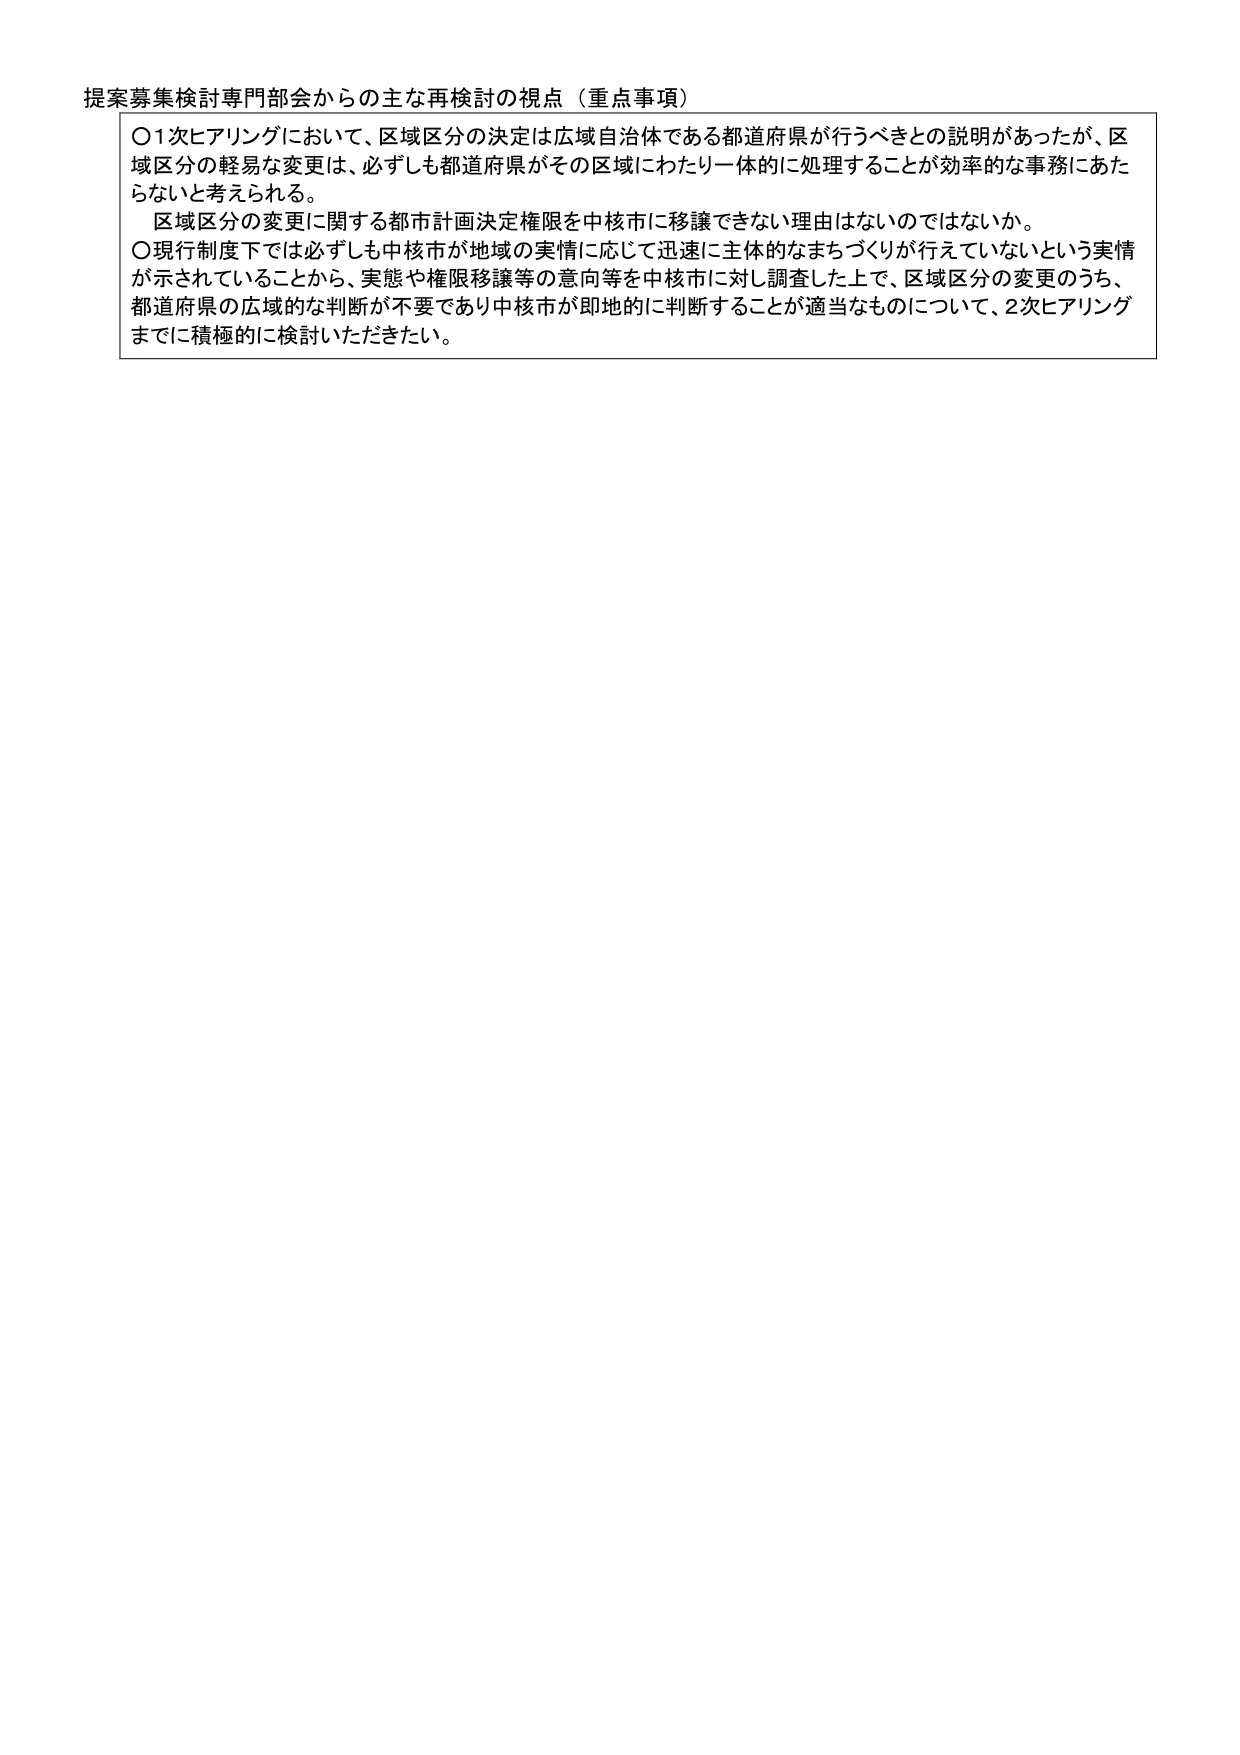
提案募集検討専門部会からの主な再検討の視点（重点事項）

〇1次ヒアリングにおいて、区域区分の決定は広域自治体である都道府県が行うべきとの説明があったが、区域区分の軽易な変更は、必ずしも都道府県がその区域にわたり一体的に処理することが効率的な事務にあたらないと考えられる。

　区域区分の変更に関する都市計画決定権限を中核市に移譲できない理由はないのではないか。

〇現行制度下では必ずしも中核市が地域の実情に応じて迅速に主体的なまちづくりが行えていないという実情が示されていることから、実態や権限移譲等の意向等を中核市に対し調査した上で、区域区分の変更のうち、都道府県の広域的な判断が不要であり中核市が即地的に判断することが適当なものについて、2次ヒアリングまでに積極的に検討いただきたい。